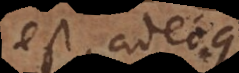
est, adeoque